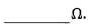
___Ω。